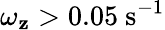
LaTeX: \omega_{\mathbf{z}}>0.05\ \mathrm{{s^{-1}}}